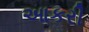
આકરી